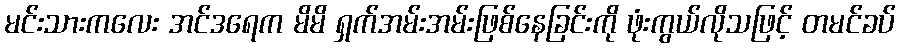
မင်းသားကလေး အင်ဒရေက မိမိ ရှက်အမ်းအမ်းဖြစ်နေခြင်းကို ဖုံးကွယ်လိုသဖြင့် တမင်ခပ်